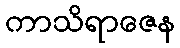
ကာသိရာဇေန